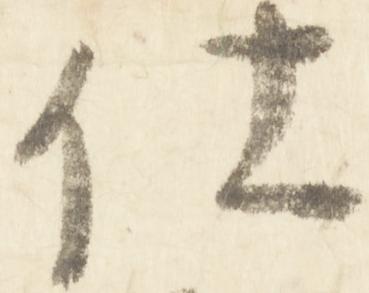
仕